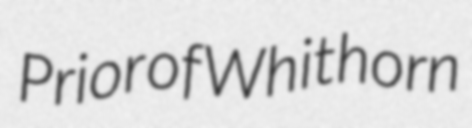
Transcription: Prior of Whithorn